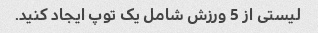
لیستی از 5 ورزش شامل یک توپ ایجاد کنید.